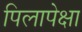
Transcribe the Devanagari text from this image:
पिलापेक्षा